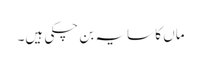
ماں کا سایہ بن چکی ہیں۔